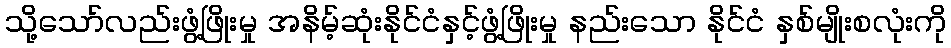
သို့သော်လည်းဖွံ့ဖြိုးမှု အနိမ့်ဆုံးနိုင်ငံနှင့်ဖွံ့ဖြိုးမှု နည်းသော နိုင်ငံ နှစ်မျိုးစလုံးကို